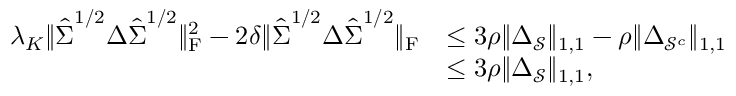
\begin{array} { r l } { \lambda _ { K } \| \hat { \boldsymbol { \Sigma } } ^ { 1 / 2 } \boldsymbol { \Delta } \hat { \boldsymbol { \Sigma } } ^ { 1 / 2 } \| _ { \mathrm { F } } ^ { 2 } - 2 \delta \| \hat { \boldsymbol { \Sigma } } ^ { 1 / 2 } \boldsymbol { \Delta } \hat { \boldsymbol { \Sigma } } ^ { 1 / 2 } \| _ { \mathrm { F } } } & { \leq 3 \rho \| \boldsymbol { \Delta } _ { \mathcal { S } } \| _ { 1 , 1 } - \rho \| \boldsymbol { \Delta } _ { \mathcal { S } ^ { c } } \| _ { 1 , 1 } } \\ & { \leq 3 \rho \| \boldsymbol { \Delta } _ { \mathcal { S } } \| _ { 1 , 1 } , } \end{array}